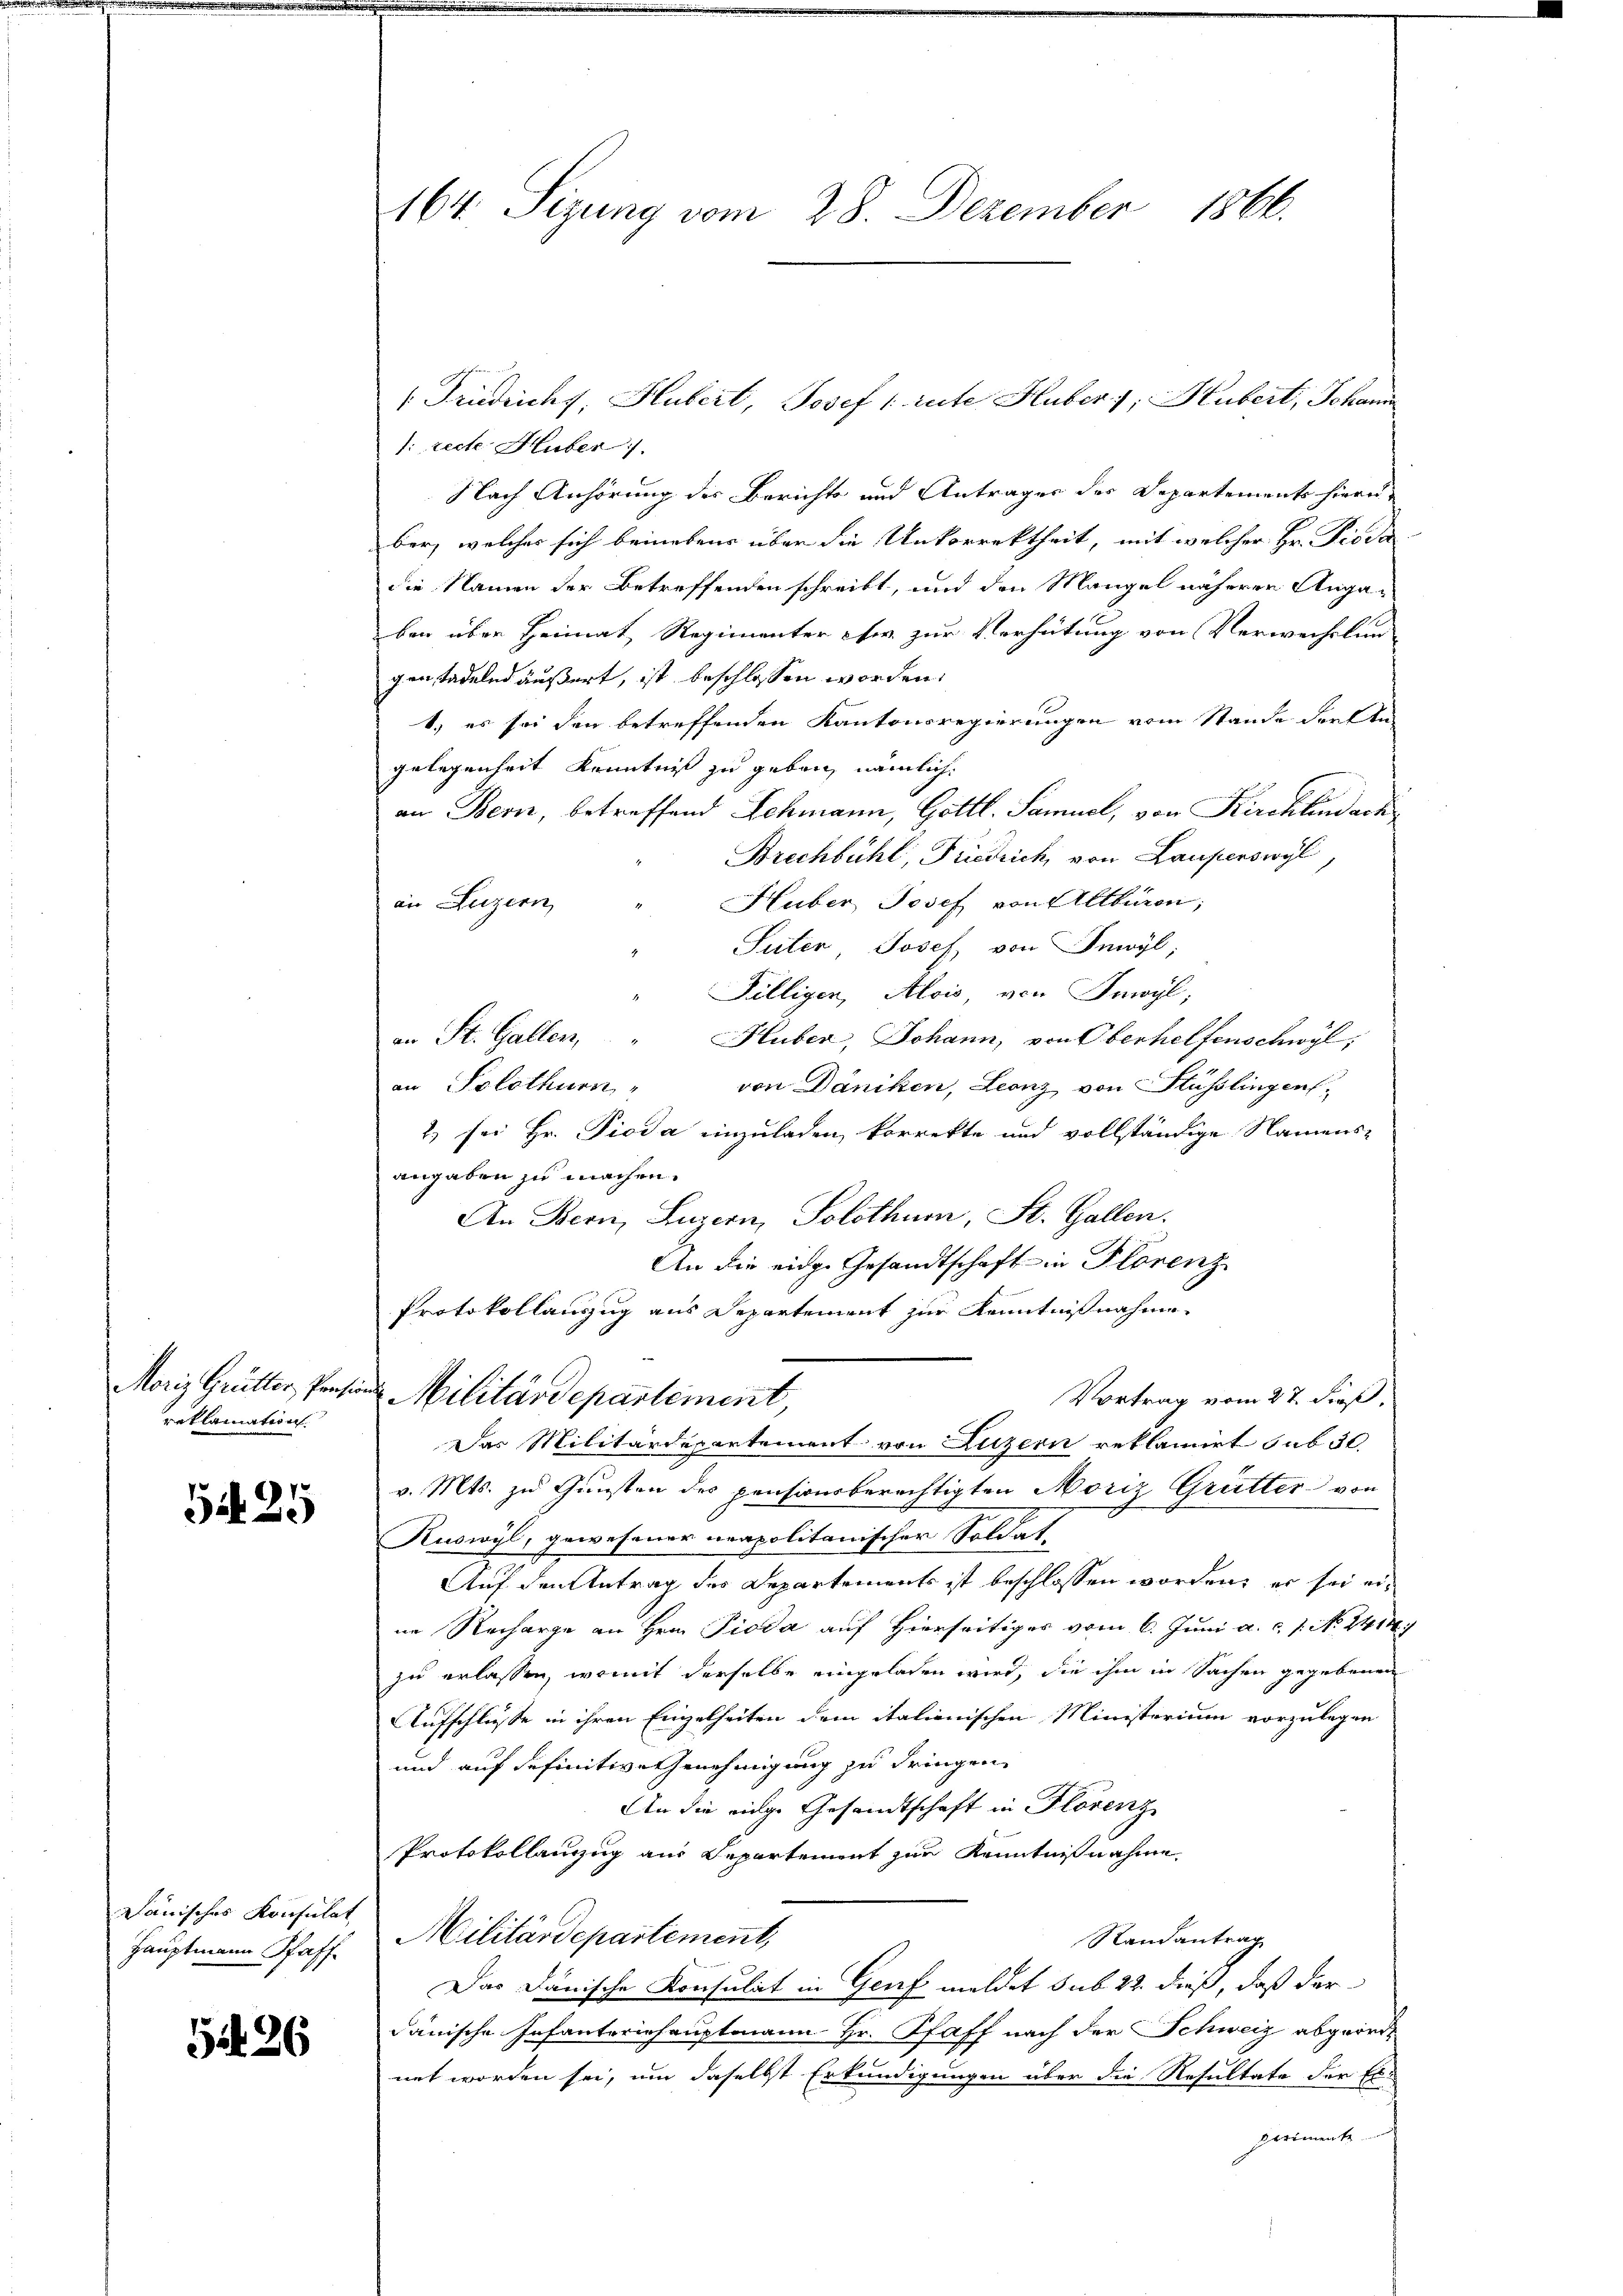
reklamation.

G 25

Lauisches Konsulat
Hauptmann Pfaff

526

164. Seizung vom 28. Dezember 1866.

Prüdiuchy, Hubert, Josef /: rute Huber, Hubert, Johann

/: recte Huber 1.
Nach Anhörung der Berichts und Antrages des Departements hieru
ber, welches sich beinebens über die Unkorrektheit, mit welcher Hr. Pioda
die Namen der Betreffenden schreibt, und den Mangel näheren Angaben über Heimat, Regimenter sr. zur Verhütung von Verwechslun
gen tadelnd äußert, ist beschlossen worden.
1) es sei den betreffenden Kantonsregierungen vom Stande drehte,
gelegenheit Kenntniß zu geben, nämlich.
an Bern, betreffend Schmann, Gottl. Samuel, von Kirchlindach
Brechbühl, Friedrich, von Lauferswyl
Huber Josef von Altburen;
an Luzern
Suter, Josef von Inwyl,
Filligen, Alois, von Inwyl,
an St. Gallen,
Huber, Johann, von Oberhelfenschwyl,
an Solothurn
von Däniken, Leonz von Stüsslingen,
2) sei Hr. Pioda einzuladen, korrekte und vollständige Namens-
angaben zu machen.
An Bern, Luzern, Solothum, St. Gallen.
An die eidg. Gesandtschaft in Plorenz
Protokollanzzug aus Departement zur Kenntnißnahme
Moriz Grütter, Pensine Militärdepartement
Vortrag vom 27. dieß,
Das Militärdepartement von Luzern reklamirt sub 30.
v. Mts. zu Gunsten des pensionsberechtigten Moriz Grütter von
Ruswyl, gewesener urapolitanischer Soldat,
Auf den Antrag des Departements ist beschlossen worden, er sei eine Recharge an Hrn. Pioda auf Hierseitiges vom 6. Juni a. c. 1. No. 2414/
zu erlassen, womit derselbe eingeladen wird, die ihm in Sachen gegebenen
Aufschlüsse in ihren Einzelheiten dem italienischen Ministerium vorzulegen
und auf definitive Genehmigung zu dringen
An die eidge Gesandtschaft in Florenz
Protokollanzzug aus Repartement zur Kenntnißnahme
Militärdepartement,
Randantrag
Das Dänische Konsulat in Genf meldet sub 22. dieß, daß der
dänische Infanteriehauptmann Hr. Pfaff nach der Schweiz abgeordnet worden sei, um daselbst Erkundigungen über die Resultate der Erbetimente